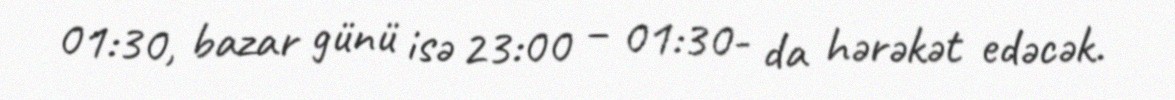
01:30, bazar günü isə 23:00 – 01:30- da hərəkət edəcək.